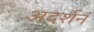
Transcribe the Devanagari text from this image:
अदर्शनं